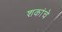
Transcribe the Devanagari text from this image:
शकांचे